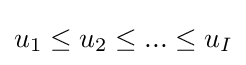
u_{1}\leq u_{2}\leq ...\leq u_{I}